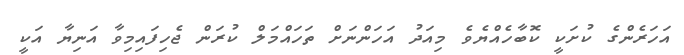
އަހަރެންގެ ކުށަކީ ކޮބާހެއްޔެވެ މިއަދު އަހަންނަށް ތަހައްމަލް ކުރަން ޖެހިފައިމިވާ އަނިޔާ އަކީ